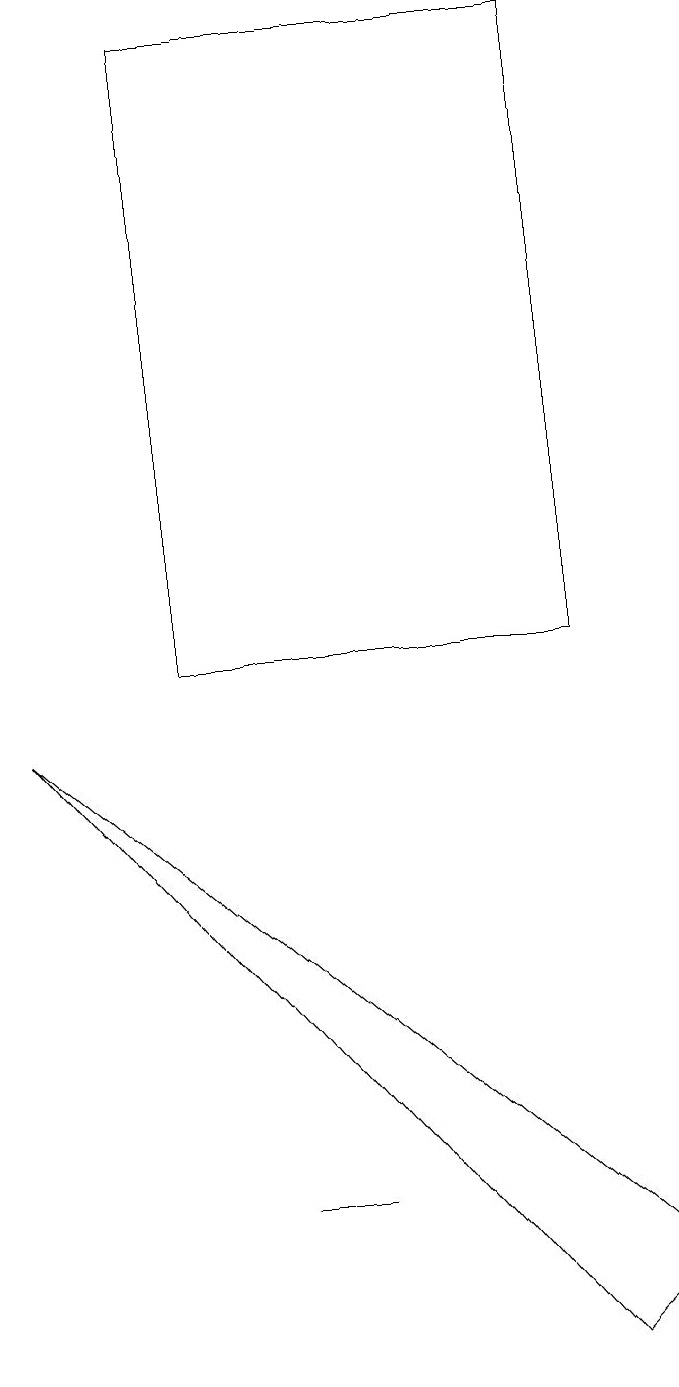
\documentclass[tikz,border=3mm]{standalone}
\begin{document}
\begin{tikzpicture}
\draw (2,10) rectangle (7,18);
\draw (0,9) -- (8,2) -- (7,1) -- cycle;
\draw (3,3) -- (4,3) -- (4,3) -- cycle;
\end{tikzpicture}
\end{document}